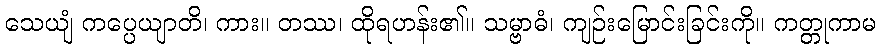
သေယျံ ကပ္ပေယျာတိ၊ ကား။ တဿ၊ ထိုရဟန်း၏။ သမ္ဗာဓံ၊ ကျဉ်းမြောင်းခြင်းကို။ ကတ္တုကာမ